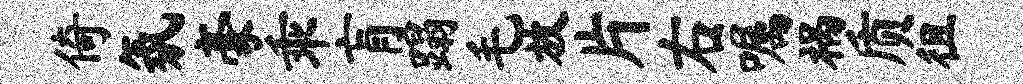
倚氛豪乖肓蹋毛放片右嘱祸质徂